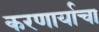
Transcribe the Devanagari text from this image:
करणार्याचा